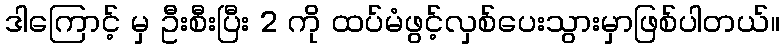
ဒါကြောင့် မှ ဦးစီးပြီး 2 ကို ထပ်မံဖွင့်လှစ်ပေးသွားမှာဖြစ်ပါတယ်။